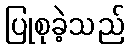
ပြုစုခဲ့သည်